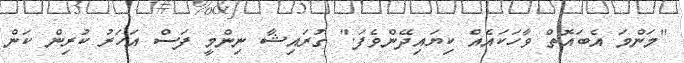
"މަންމަ އެބައޮތް ވާހަކައެއް ކިޔައިދޭންވެފަ." ގުރައިޝާ ނިންމީ ފަސް އަހަރު ކުރިން ކަން